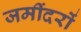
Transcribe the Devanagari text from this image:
जमींदरों